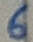
Text: 6